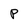
Character: P